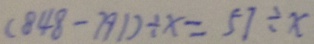
( 8 4 8 - 7 9 1 ) \div x = 5 7 \div x